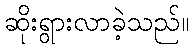
ဆိုးရွားလာခဲ့သည်။